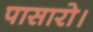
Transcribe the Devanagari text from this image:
पासारो।